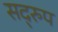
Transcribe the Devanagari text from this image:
सद्‌रुप